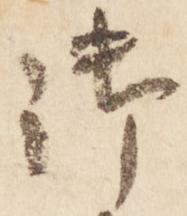
御